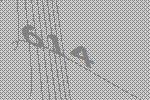
614